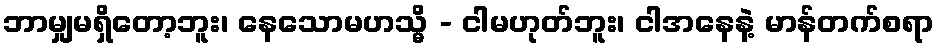
ဘာမျှမရှိတော့ဘူး၊ နေသောမဟသ္မိ - ငါမဟုတ်ဘူး၊ ငါအနေနဲ့ မာန်တက်စရာ